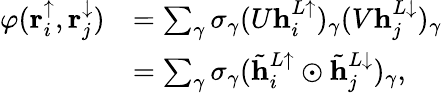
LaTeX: \begin{array}{rl}{\varphi(\mathbf{r}_{i}^{\uparrow},\mathbf{r}_{j}^{\downarrow})}&{=\sum_{\gamma}\sigma_{\gamma}(U\mathbf{h}_{i}^{L\uparrow})_{\gamma}(V\mathbf{h}_{j}^{L\downarrow})_{\gamma}}\\ &{=\sum_{\gamma}\sigma_{\gamma}(\tilde{\mathbf{h}}_{i}^{L\uparrow}\odot\tilde{\mathbf{h}}_{j}^{L\downarrow})_{\gamma},}\end{array}